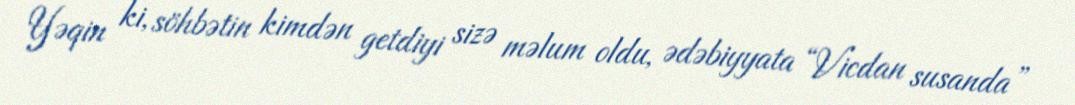
Yəqin ki, söhbətin kimdən getdiyi sizə məlum oldu, ədəbiyyata “Vicdan susanda”